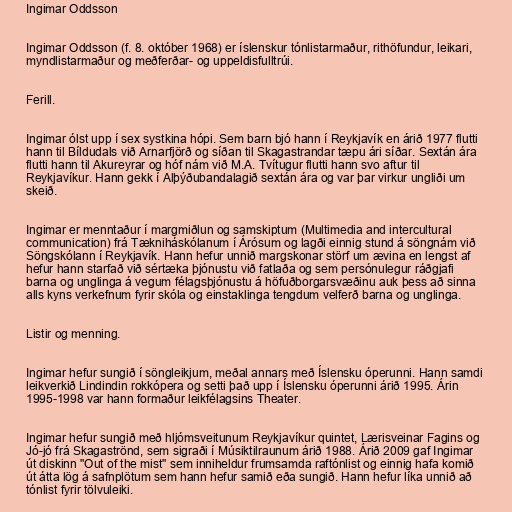
Ingimar Oddsson

Ingimar Oddsson (f. 8. október 1968) er íslenskur tónlistarmaður, rithöfundur, leikari,
myndlistarmaður og meðferðar- og uppeldisfulltrúi.

Ferill.

Ingimar ólst upp í sex systkina hópi. Sem barn bjó hann í Reykjavík en árið 1977 flutti
hann til Bíldudals við Arnarfjörð og síðan til Skagastrandar tæpu ári síðar. Sextán ára
flutti hann til Akureyrar og hóf nám við M.A. Tvítugur flutti hann svo aftur til
Reykjavíkur. Hann gekk í Alþýðubandalagið sextán ára og var þar virkur ungliði um
skeið.

Ingimar er menntaður í margmiðlun og samskiptum (Multimedia and intercultural
communication) frá Tækniháskólanum í Árósum og lagði einnig stund á söngnám við
Söngskólann í Reykjavík. Hann hefur unnið margskonar störf um ævina en lengst af
hefur hann starfað við sértæka þjónustu við fatlaða og sem persónulegur ráðgjafi
barna og unglinga á vegum félagsþjónustu á höfuðborgarsvæðinu auk þess að sinna
alls kyns verkefnum fyrir skóla og einstaklinga tengdum velferð barna og unglinga.

Listir og menning.

Ingimar hefur sungið í söngleikjum, meðal annars með Íslensku óperunni. Hann samdi
leikverkið Lindindin rokkópera og setti það upp í Íslensku óperunni árið 1995. Árin
1995-1998 var hann formaður leikfélagsins Theater.

Ingimar hefur sungið með hljómsveitunum Reykjavíkur quintet, Lærisveinar Fagins og
Jó-jó frá Skagaströnd, sem sigraði í Músiktilraunum árið 1988. Árið 2009 gaf Ingimar
út diskinn "Out of the mist" sem inniheldur frumsamda raftónlist og einnig hafa komið
út átta lög á safnplötum sem hann hefur samið eða sungið. Hann hefur líka unnið að
tónlist fyrir tölvuleiki.